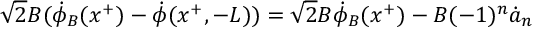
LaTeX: \sqrt { 2 } B ( \dot { \phi } _ { B } ( x ^ { + } ) - \dot { \phi } ( x ^ { + } , - L ) ) = \sqrt { 2 } B \dot { \phi } _ { B } ( x ^ { + } ) - B ( - 1 ) ^ { n } \dot { a } _ { n }